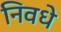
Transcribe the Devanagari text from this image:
निवधे